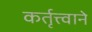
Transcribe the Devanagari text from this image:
कर्तृत्त्वाने